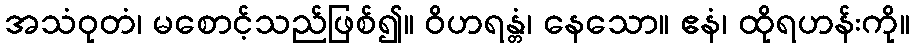
အသံဝုတံ၊ မစောင့်သည်ဖြစ်၍။ ဝိဟရန္တံ၊ နေသော။ ဧနံ၊ ထိုရဟန်းကို။